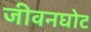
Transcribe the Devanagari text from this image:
जीवनघोट